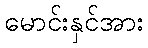
မောင်းနှင်အား